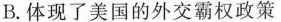
B.体现了美国的外交霸权政策